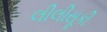
લીલીસૂકી